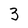
Character: 3